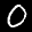
Label: 0